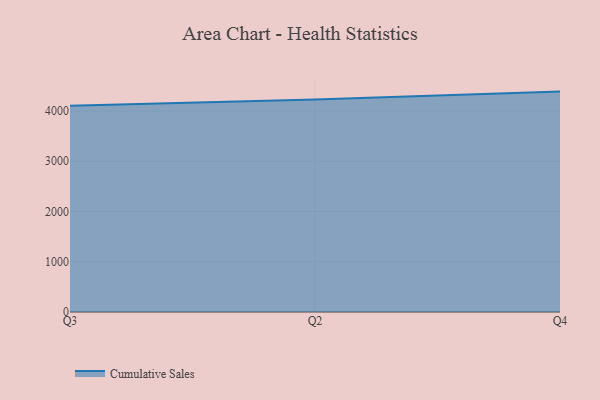
{"axis": {"x": "Quarter", "y": "Budget (USD K)"}, "legend": ["Cumulative Sales"], "data": [{"x": "Q3", "y": 4104.1, "type": "Cumulative Sales"}, {"x": "Q2", "y": 4230.6, "type": "Cumulative Sales"}, {"x": "Q4", "y": 4386.6, "type": "Cumulative Sales"}]}